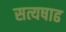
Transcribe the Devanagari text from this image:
सत्यषाढ